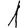
Digit: 1